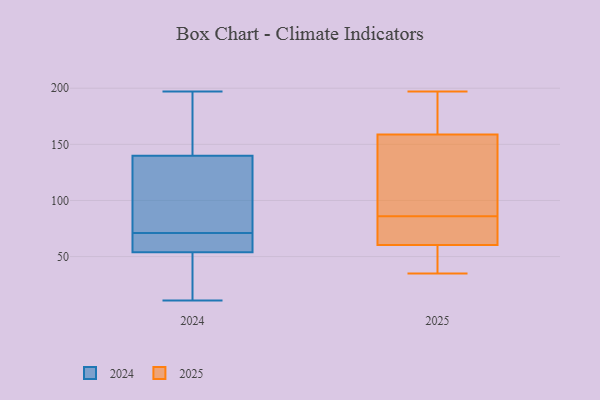
{"axis": {"x": "Website Visitors", "y": "Value"}, "legend": ["2024", "2025"], "data": [{"x": "", "y": 63, "type": "2024"}, {"x": "", "y": 47, "type": "2024"}, {"x": "", "y": 133, "type": "2024"}, {"x": "", "y": 52, "type": "2024"}, {"x": "", "y": 73, "type": "2024"}, {"x": "", "y": 161, "type": "2024"}, {"x": "", "y": 129, "type": "2024"}, {"x": "", "y": 71, "type": "2024"}, {"x": "", "y": 60, "type": "2024"}, {"x": "", "y": 35, "type": "2024"}, {"x": "", "y": 142, "type": "2024"}, {"x": "", "y": 190, "type": "2024"}, {"x": "", "y": 26, "type": "2024"}, {"x": "", "y": 197, "type": "2024"}, {"x": "", "y": 61, "type": "2024"}, {"x": "", "y": 196, "type": "2024"}, {"x": "", "y": 89, "type": "2024"}, {"x": "", "y": 11, "type": "2024"}, {"x": "", "y": 66, "type": "2024"}, {"x": "", "y": 62, "type": "2025"}, {"x": "", "y": 56, "type": "2025"}, {"x": "", "y": 60, "type": "2025"}, {"x": "", "y": 137, "type": "2025"}, {"x": "", "y": 41, "type": "2025"}, {"x": "", "y": 35, "type": "2025"}, {"x": "", "y": 178, "type": "2025"}, {"x": "", "y": 63, "type": "2025"}, {"x": "", "y": 195, "type": "2025"}, {"x": "", "y": 167, "type": "2025"}, {"x": "", "y": 197, "type": "2025"}, {"x": "", "y": 86, "type": "2025"}, {"x": "", "y": 102, "type": "2025"}, {"x": "", "y": 61, "type": "2025"}, {"x": "", "y": 136, "type": "2025"}, {"x": "", "y": 55, "type": "2025"}, {"x": "", "y": 112, "type": "2025"}, {"x": "", "y": 166, "type": "2025"}, {"x": "", "y": 79, "type": "2025"}]}